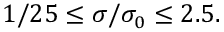
1 / 2 5 \leq \sigma / \sigma _ { 0 } \leq 2 . 5 .